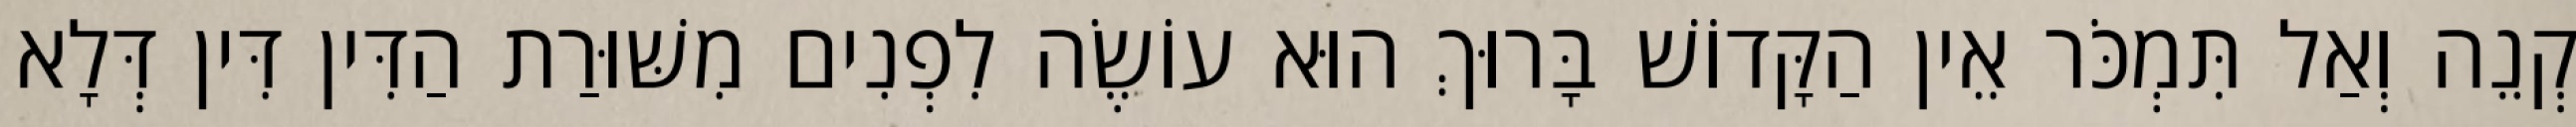
קְנֵה וְאַל תִּמְכֹּר אֵין הַקָּדוֹשׁ בָּרוּךְ הוּא עוֹשֶׂה לִפְנִים מִשּׁוּרַת הַדִּין דִּין דְּלָא